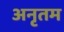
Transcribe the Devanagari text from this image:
अनृतम